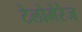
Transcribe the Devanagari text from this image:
टेलोमेरेज